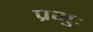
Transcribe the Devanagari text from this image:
प्रभुः